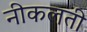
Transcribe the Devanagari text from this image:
नीकलती